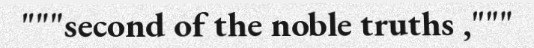
"""second of the noble truths ,"""